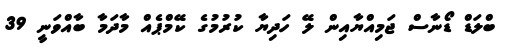
ބްލަޑް ޑޯނާސް ޖަމިއްޔާއިން ލޭ ހަދިޔާ ކުރުމުގެ ކޭމްޕެއް މާދަމާ ބާއްވަނީ 39